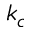
k _ { c }